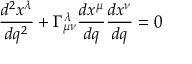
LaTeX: { \frac { d ^ { 2 } x ^ { \lambda } } { d q ^ { 2 } } } + \Gamma _ { \mu \nu } ^ { \lambda } { \frac { d x ^ { \mu } } { d q } } { \frac { d x ^ { \nu } } { d q } } = 0